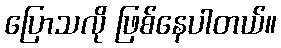
ပြောသလို ဖြစ်နေပါတယ်။